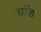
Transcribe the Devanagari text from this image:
ग्रॉड